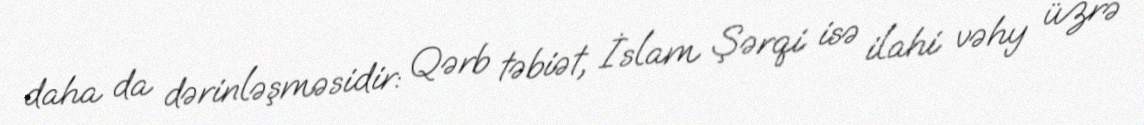
daha da dərinləşməsidir: Qərb təbiət, İslam Şərqi isə ilahi vəhy üzrə